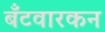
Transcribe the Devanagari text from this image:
बँटवारकन